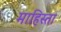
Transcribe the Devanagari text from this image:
माहिस्ता